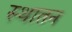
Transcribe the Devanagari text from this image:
स्थातन